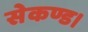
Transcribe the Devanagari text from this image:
सेकण्ड।